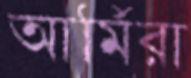
আর্মিরা